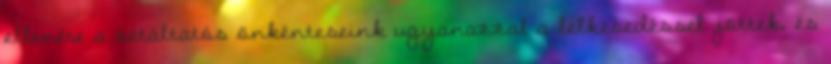
ellenére a sétáltatós önkénteseink ugyanazzal a lelkesedéssel jöttek, és